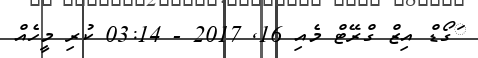
ަގޯޑް އިޒް ގްރޭޓް މެއި 16